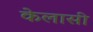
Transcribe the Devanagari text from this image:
केलासी